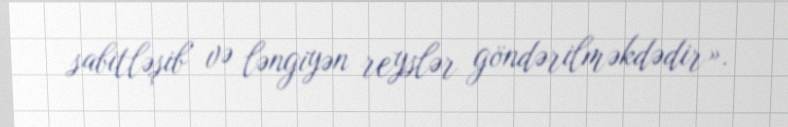
sabitləşib və ləngiyən reyslər göndərilməkdədir».